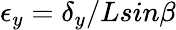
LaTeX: \epsilon{_y}=\delta_{y}/Lsin\beta